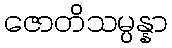
ဇောတိသမ္ပန္နာ